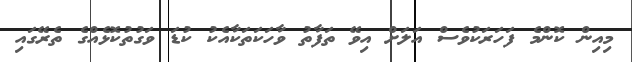
މިއިން ކޮންމެ ފަހަރަކުވެސް އަލަށް އިވޭ ތަފާތު ވާހަކަތަކާއެކު ކުޑަ ވަގުތުކޮޅެއްގެ ތެރޭގައި